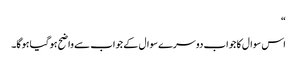
“
اس سوال کا جواب دوسرے سوال کے جواب سے واضح ہوگیا ہوگا۔